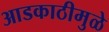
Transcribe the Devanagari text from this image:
आडकाठीमुळे